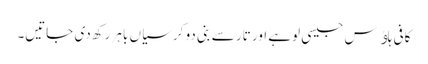
کافی ہاﺅس جیسی لوہے اور تار سے بنی دو کرسیاں باہر رکھ دی جاتیں۔